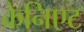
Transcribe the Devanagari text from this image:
क्रेनिएट